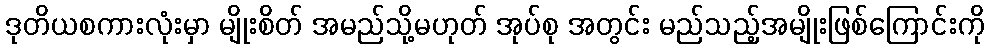
ဒုတိယစကားလုံးမှာ မျိုးစိတ် အမည်သို့မဟုတ် အုပ်စု အတွင်း မည်သည့်အမျိုးဖြစ်ကြောင်းကို